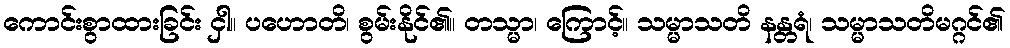
ကောင်းစွာထားခြင်း ငှါ။ ပဟောတိ၊ စွမ်းနိုင်၏။ တသ္မာ၊ ကြောင့်။ သမ္မာသတိ နန္တရံ၊ သမ္မာသတိမဂ္ဂင်၏